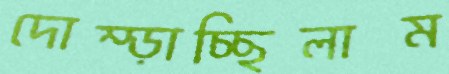
দোম্‌ড়াচ্ছিলাম